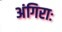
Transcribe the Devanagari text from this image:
अंगिराः